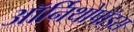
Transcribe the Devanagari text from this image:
ऑर्निथोपॉड्स